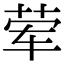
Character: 荤